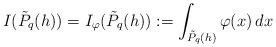
LaTeX: \begin{align*}I (\tilde{P}_q (h)) = I_{\varphi } (\tilde{P}_q (h)) := \int_{{\tilde{P}_q(h)}} \varphi (x)\,dx\end{align*}